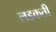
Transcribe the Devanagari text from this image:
लडकती